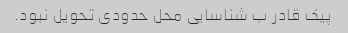
پیک قادر ب شناسایی محل حدودی تحویل نبود.